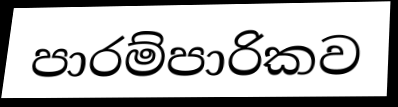
පාරම්පාරිකව